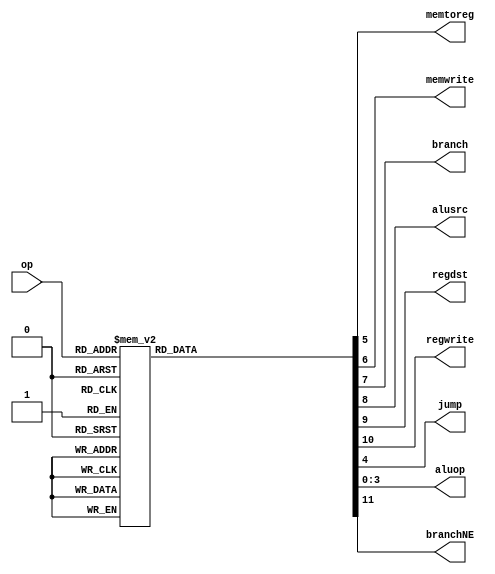
module mainDecoder(	input [5:0] op, 
			output reg memtoreg,
			output reg memwrite,
			output reg branch,
			output reg alusrc,
			output reg regdst,
			output reg regwrite,
			output reg jump,
			output reg [3:0] aluop,
			output reg branchNE);
		
// Main decoder

reg [11:0] controls;
//assign {regwrite, regdst, alusrc, branch, memwrite, memtoreg, jump, aluop} = controls;

always @ (*) begin
	case(op)
		6'b000000: controls <= 12'b011000000010; // R-type
		6'b100011: controls <= 12'b010100100000; // lw
		6'b101011: controls <= 12'b000101000000; // sw
		6'b000100: controls <= 12'b000010000001; // beq
		6'b001000: controls <= 12'b010100000000; // addi
		6'b000010: controls <= 12'b000000010000; // j
		//new
		6'b000101: controls <= 12'b100010000100; // bne
		6'b001001: controls <= 12'b010100000000; // addiu
		6'b001100: controls <= 12'b010100000101; // andi
		6'b001101: controls <= 12'b010100000110; // ori
		6'b001110: controls <= 12'b010100000111; // xori
		6'b001010: controls <= 12'b010100000011; // slti
		6'b001011: controls <= 12'b010100000011; // sltiu
		6'b001111: controls <= 12'b010100001000; // lui
		default:   controls <= 12'bxxxxxxxxxxxx; // invalid opcode
	endcase
	branchNE = controls[11];
	regwrite = controls[10];	
	regdst = controls[9];
	alusrc = controls[8];
	branch = controls[7];
	memwrite = controls[6];
	memtoreg = controls[5];
	jump = controls[4];
	aluop = controls[3:0];
end
endmodule

module aluDecoder(	input [5:0] funct,
			input [3:0] aluop,
			output reg [3:0] alucontrol,
			output reg startMult, signedMult, 
			output reg [1:0] mfReg);
//ALUop 		

reg [7:0] controls;
			
always @ (*) begin
	case (aluop)
		4'b0000: controls <= 8'b00100000; // add for lw, sw, addi
		4'b0001: controls <= 8'b01100000; // sub for beq
		4'b0011: controls <= 8'b01110000; // slt for slti
		4'b0100: controls <= 8'b11110000; // set not equal for bne
		4'b0101: controls <= 8'b00000000; // and for andi
		4'b0110: controls <= 8'b00010000; // or for ori
		4'b0111: controls <= 8'b10000000; // xor for xori
		4'b1000: controls <= 8'b11100000; // a[31:16] = b[15:0] for lui
		
		//3'b010
		default: case (funct)	     // R-type functions
			6'b100000: controls <= 8'b00100000; // add
			6'b100001: controls <= 8'b00100000; // addu
			6'b100010: controls <= 8'b01100000; // sub
			6'b100011: controls <= 8'b01100000; // subu
			6'b100100: controls <= 8'b00000000; // and
			6'b100101: controls <= 8'b00010000; // or
			6'b100110: controls <= 8'b10000000; // xor
			6'b100111: controls <= 8'b10010000; // xnor(using NOR's funct code)
			6'b101010: controls <= 8'b01110000; // slt
			6'b101011: controls <= 8'b01110000; // sltu
			6'b010000: controls <= 8'b00000010; // mfhi
			6'b010010: controls <= 8'b00000001; // mflo
			6'b011000: controls <= 8'b00001100; // mult
			6'b011001: controls <= 8'b00001000; // multu
			default: controls <= 8'b00000000; // invalid data in funct field
			endcase
	endcase
	alucontrol = controls[7:4];
	startMult = controls[3];
	signedMult = controls[2];
	mfReg = controls[1:0];

end
endmodule